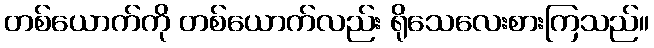
တစ်ယောက်ကို တစ်ယောက်လည်း ရိုသေလေးစားကြသည်။